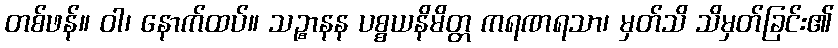
တစ်ဖန်။ ဝါ၊ နောက်ထပ်။ သဉ္စာနန ပစ္စယနိမိတ္တ ကရဏရသာ၊ မှတ်သိ သိမှတ်ခြင်း၏